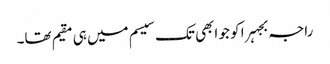
راجہ بجہرا کو جو ابھی تک سیسم میں ہی مقیم تھا۔